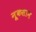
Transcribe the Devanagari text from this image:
नूकसान